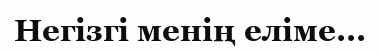
Негізгі менің еліме...